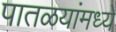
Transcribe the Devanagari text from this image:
पातळयांमध्ये